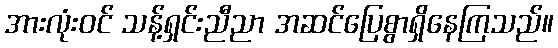
အားလုံးဝင် သန့်ရှင်းညီညာ အဆင်ပြေစွာရှိနေကြသည်။